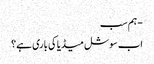
- ہم سب
اب سوشل میڈیا کی باری ہے؟